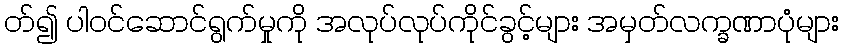
တ်၍ ပါဝင်ဆောင်ရွက်မှုကို အလုပ်လုပ်ကိုင်ခွင့်များ အမှတ်လက္ခဏာပုံများ